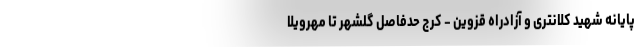
پایانه شهید کلانتری و آزادراه قزوین - کرج حدفاصل گلشهر تا مهرویلا